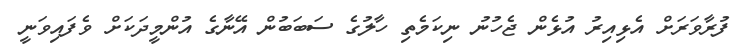
ފުރާވަރަށް އެޅިއިރު އުޅެން ޖެހުނު ނިކަމެތި ހާލުގެ ސަބަބުން އޭނާގެ އުންމީދަކަށް ވެފައިވަނީ